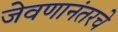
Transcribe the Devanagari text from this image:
जेवणानंतरचे